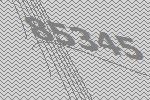
85345